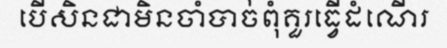
បើសិនជាមិនចាំបាច់ពុំគួរធ្វើដំណើរ